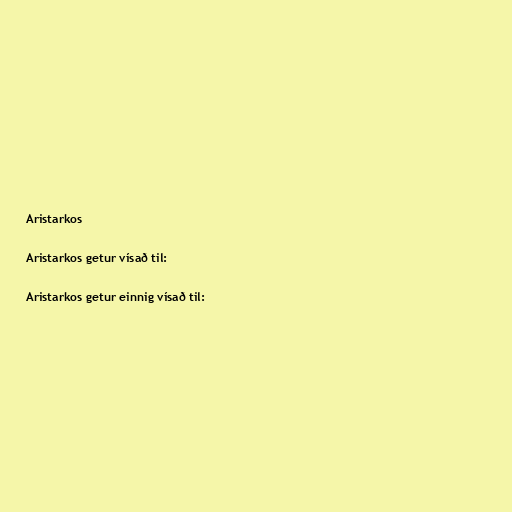
Aristarkos

Aristarkos getur vísað til:

Aristarkos getur einnig vísað til: